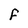
Character: F